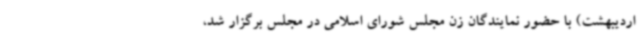
اردیبهشت) با حضور نمایندگان زن مجلس شورای اسلامی در مجلس برگزار شد،